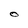
Character: O